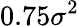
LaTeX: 0.75\sigma^{2}